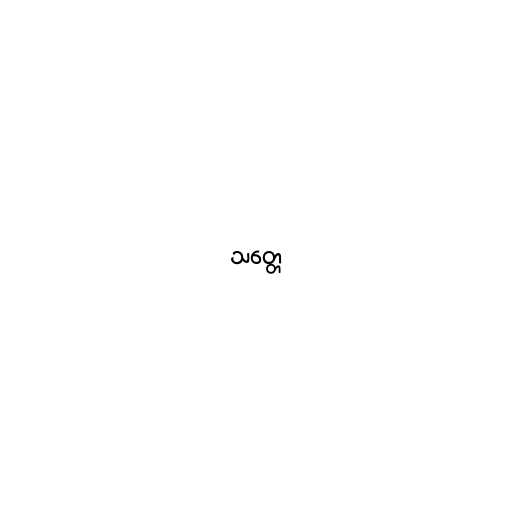
သတ္တေ